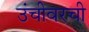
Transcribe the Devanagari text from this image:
उंचीवरची